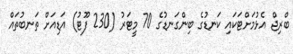
ބްރިޖް އެޅުމަށްޓަކައި ކަނޑުގެ ބިންގަނޑުގެ 70 މީޓަރު (230 ފޫޓު) އަޑިއަށް ތަނބުތައް